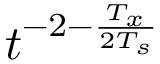
t ^ { - 2 - \frac { T _ { x } } { 2 T _ { s } } }